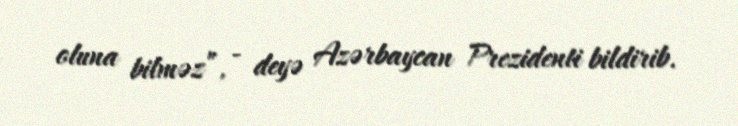
oluna bilməz”, - deyə Azərbaycan Prezidenti bildirib.